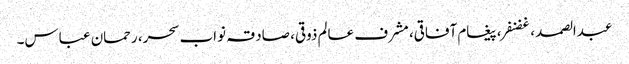
عبدالصمد ، غضنفر، پیغام آفاقی، مشرف عالم ذوقی، صادقہ نواب سحر، رحمان عباس۔